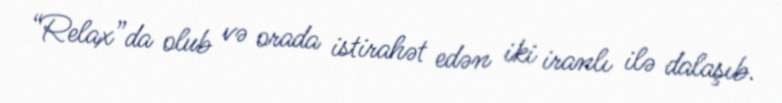
“Relax”da olub və orada istirahət edən iki iranlı ilə dalaşıb.